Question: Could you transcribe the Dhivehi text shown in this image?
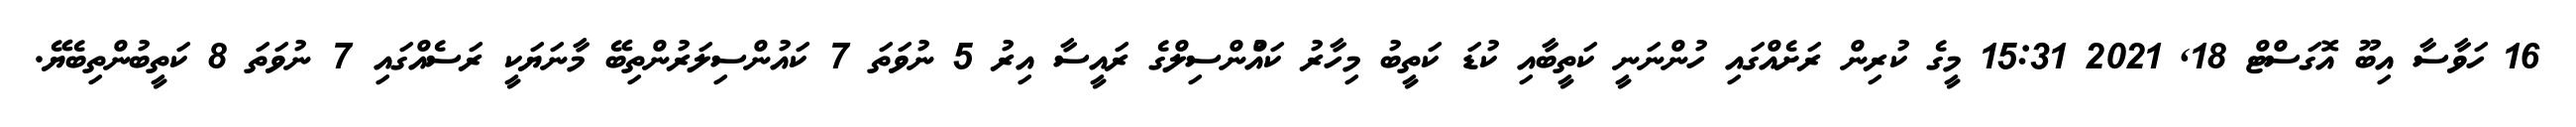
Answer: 16 ހަވާސާ އިބޫ އޮގަސްޓް 18, 2021 15:31 މީގެ ކުރިން ރަށެއްގައި ހުންނަނީ ކަތީބާއި ކުޑަ ކަތީބު މިހާރު ކައުްންސިލްގެ ރައީސާ އިރު 5 ނުވަތަ 7 ކައުންސިލަރުންތިބޭ މާނަޔަކީ ރަސެއްގައި 7 ނުވަތަ 8 ކަތީބުންތިބެޔޭ.